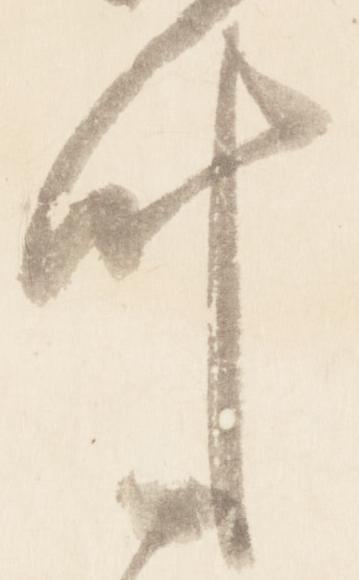
叶